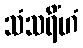
သံသရိံဟံ